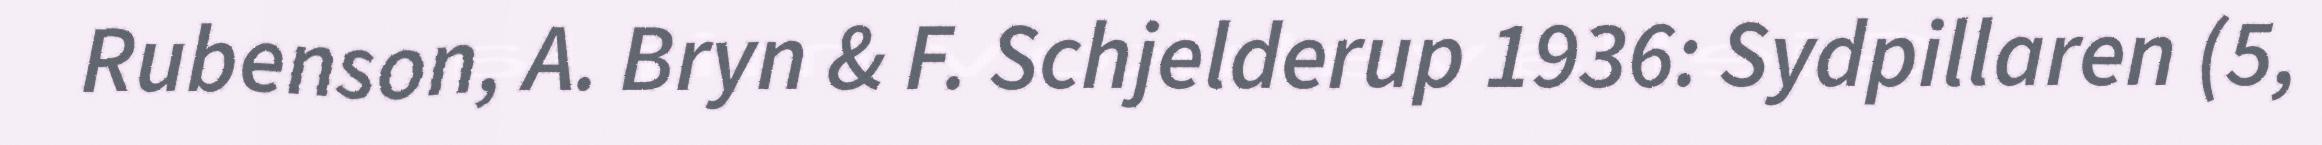
Rubenson, A. Bryn & F. Schjelderup 1936: Sydpillaren (5,